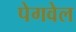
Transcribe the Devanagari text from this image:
पेगवेल